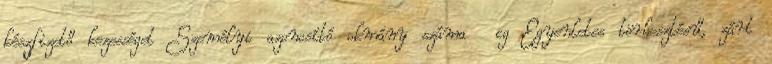
készfizető kezességet Személyi azonosító okmány száma cg Egyenletes törlesztésű, zárt